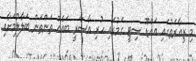
މި ޒިއާރަތުގައި އައްޑޫ ސިޓީ ގަމުގައި ހުރި އާސާރީ ބައެއް ތަންތަން ބަލާލުމަށާއި